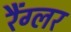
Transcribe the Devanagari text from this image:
रैंग्लर